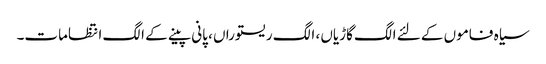
سیاہ فاموں کے لئے الگ گاڑیاں ، الگ ریستوراں ، پانی پینے کے الگ انتظامات۔